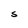
Character: S